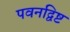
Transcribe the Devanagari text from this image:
पवनद्विष्ट